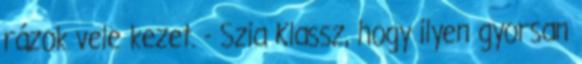
rázok vele kezet. - Szia Klassz, hogy ilyen gyorsan